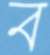
ব